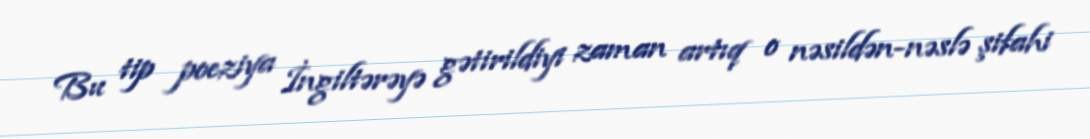
Bu tip poeziya İngiltərəyə gətirildiyi zaman artıq o nəsildən-nəslə şifahi